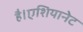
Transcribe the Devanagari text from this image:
है।एशियानेट